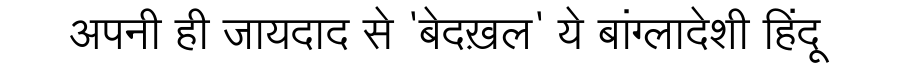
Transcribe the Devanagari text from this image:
अपनी ही जायदाद से 'बेदख़ल' ये बांग्लादेशी हिंदू